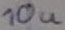
Text: 10u